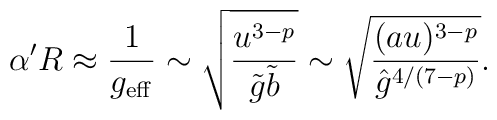
\alpha' R \approx \frac{1}{g_{\rm eff}} \sim \sqrt{\frac{u^{3 -p}}{\tilde g \tilde b}} \sim \sqrt{\frac{(a u)^{3 - p}}{{\hat g}^{4/(7 -p)}}}.